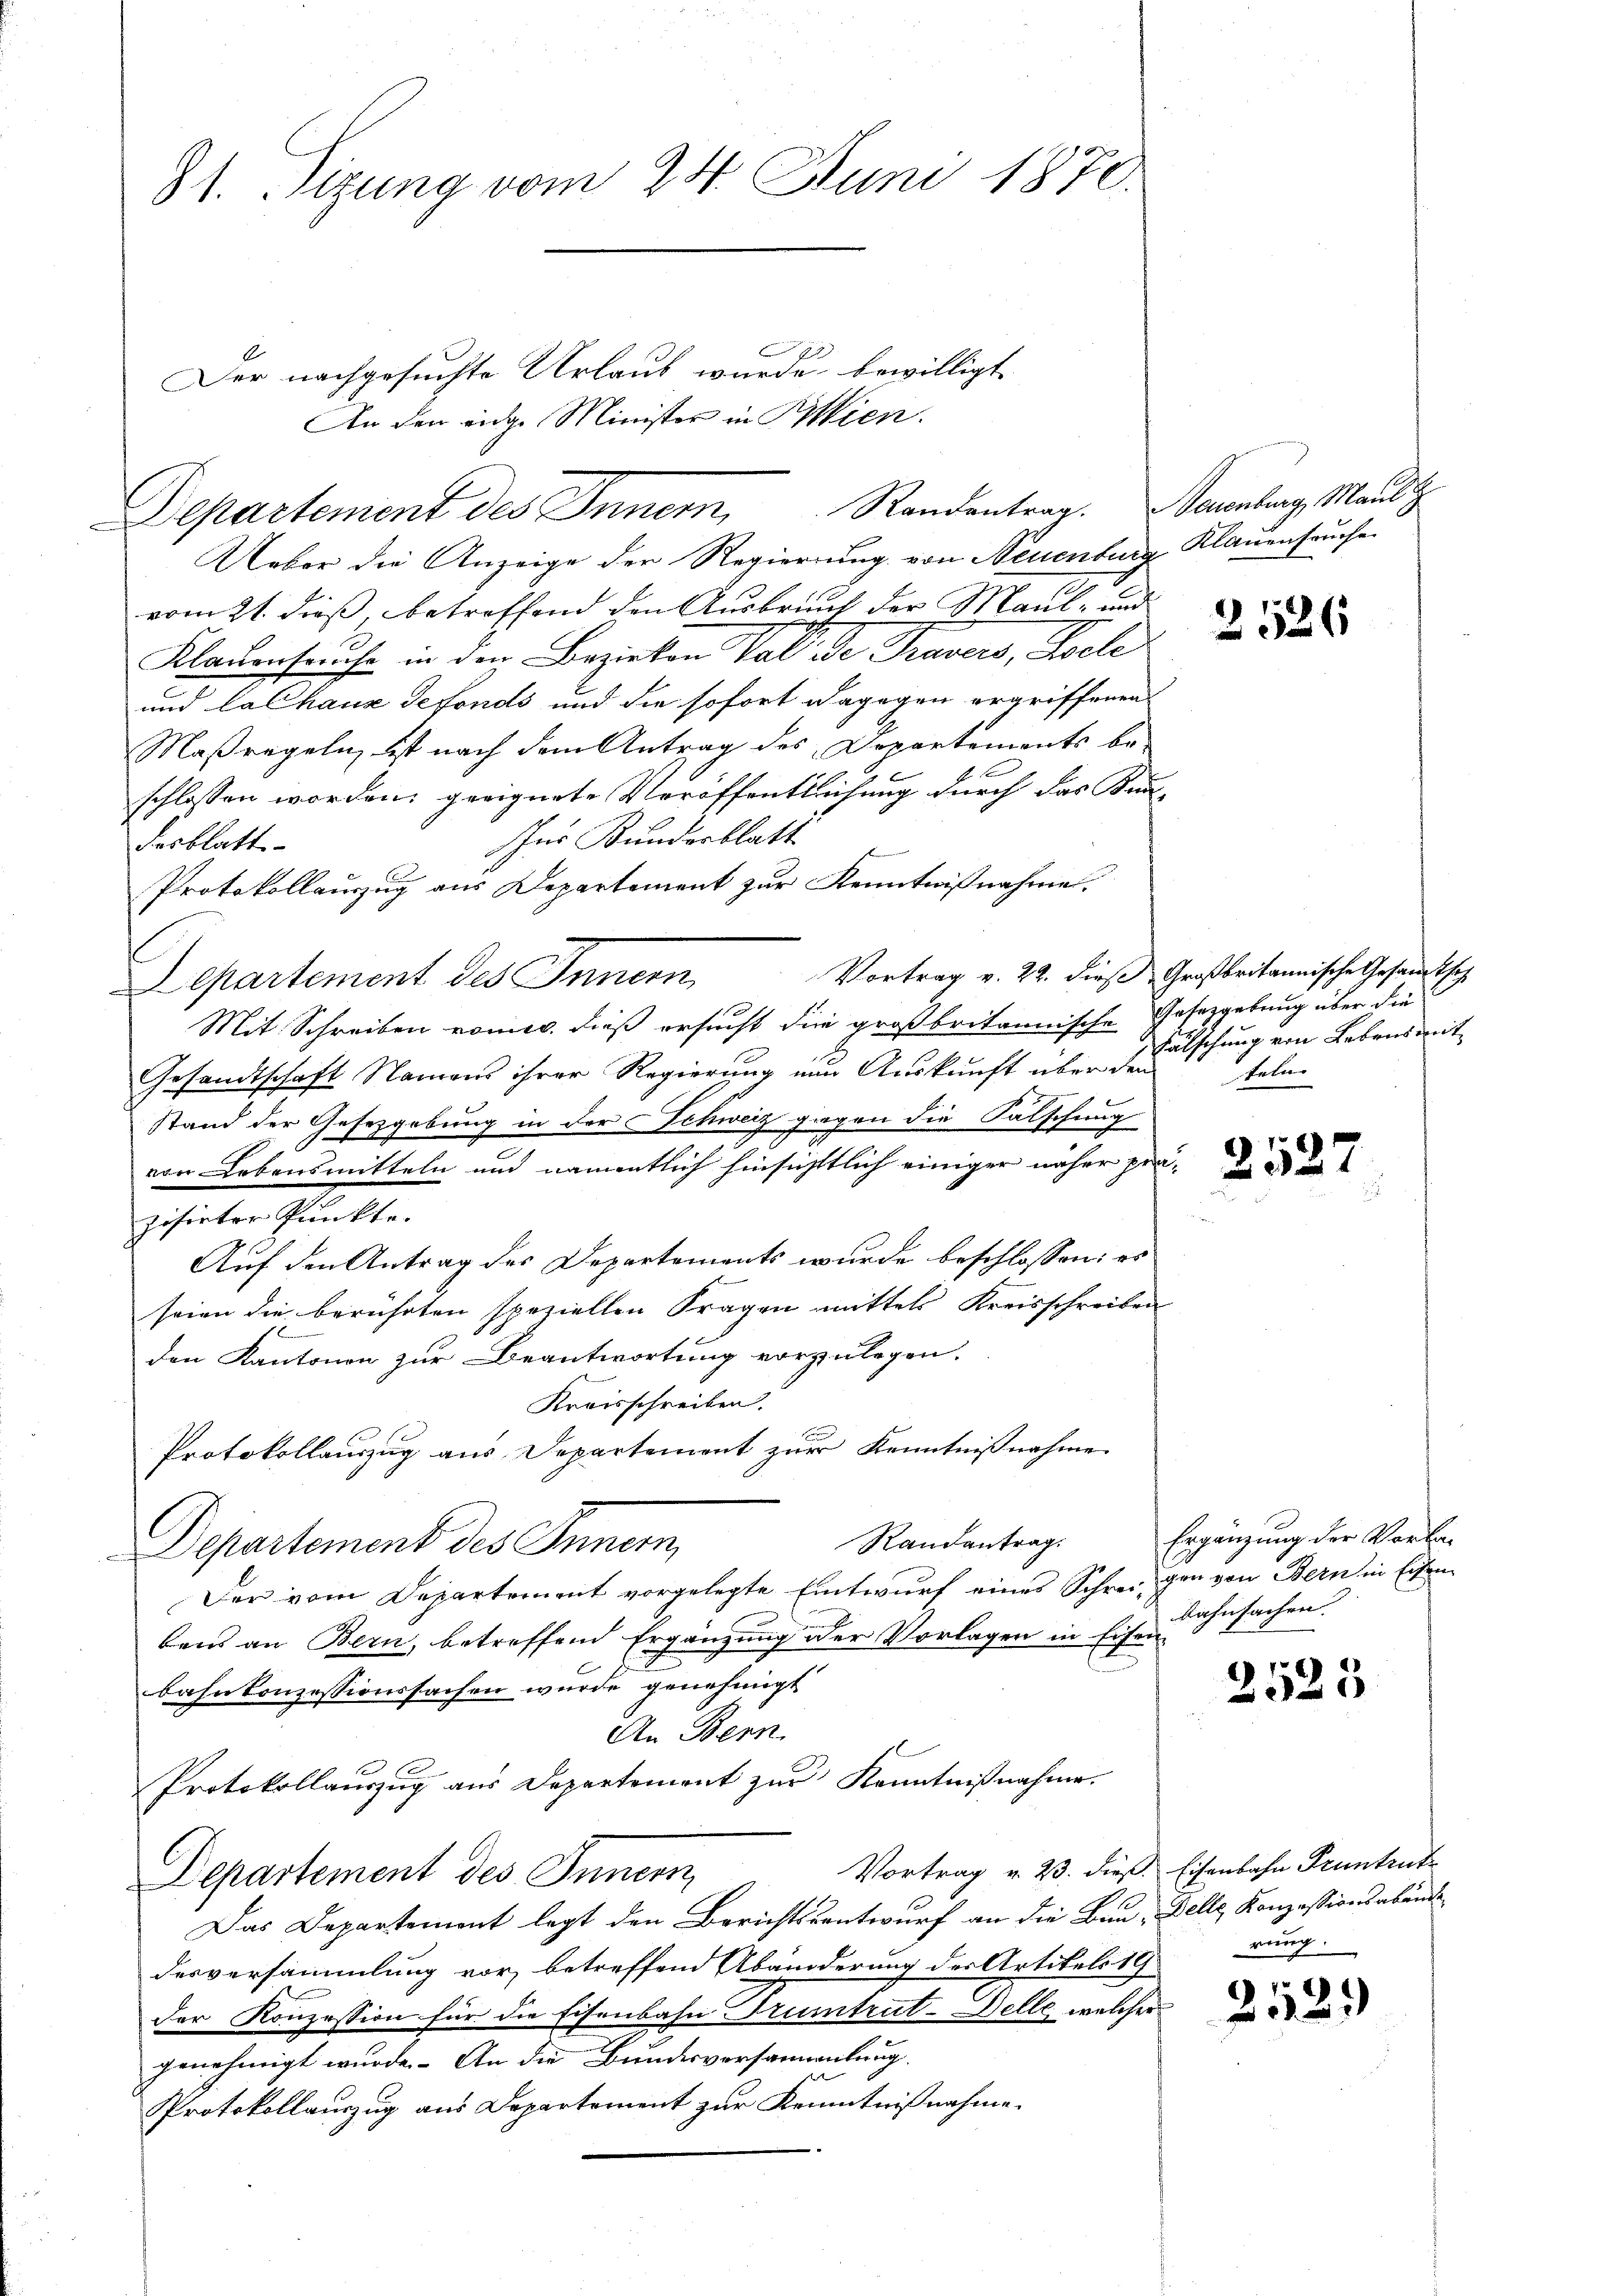
81. Sizung vom 24. Juni 1870.

Ueber die Anzeige der Regierung von Neuenburg Klauenseuche
vom 21. dieß, betreffend den Ausbruch der Maul- und
Klauenseuche in den Bezirken Voll. de Travers, Seele
und lalhaus defonds und die sofort dagegen ergriffenen
Maßregeln, ist nach dem Antrag des Departements be-
schlossen worden, geeignete Veröffentlichung durch das Kin
sher Bundesblatt
desblatt
Protokollauszug aus Departement zur Kenntnißnahme.
Departement des Innern,
1
Mit Schreiben nomis, dieß ersucht die großbritannische Gesetzgebung über die
Gesandtschaft Namens ihrer Regierung nun Auskunft über den teler
stand der Gesetzgebung in der Schweiz gegen die Falschung
von Lebensmitteln und namentlich hinsichtlich einiger näher pe
zisirter Punkte.
Auf den Antrag des Departements wurde beschlossen: es
seien die berührten speziellen Fragen mittels Kreisschreiben
den Kantonen zur Beantwortung vorzulegen.
Kraisschreiben.
Protokollauszug aus Departement zur Kenntnißnahme
Randantrag.
Departement des Innern,
Der vom Departement vorgelegte Entwurf eines Schreigen von Bern in Eisen
bens an Bern, betreffend Ergänzung der Vorlagen in Eisenbahnkonzessionssachen wurde genehmigt
An Bern.
Protokollauszug aus Departement zur Kenntnißnahme.
Departement des Innern
Das Departemont legt den Berichtsentwurf an die Bau, Delle, Konzessionsabände
desversammlung vor, betreffend Abänderung des Artikels 19
Der Konzession für die Eisenbahn Trumtrut-Delle, welcher
genehmigt wurde. An die Bundesversammlung
Protokollauzug aus Departement zur Kenntnißnahme.

E
Der nachgesuchte Urlaub wurde bewilligt,
An den eidge Minister in Bien.
Departement des Inner, Randentrag.

Neuenburg, Maul z

d

de
t

2526

Vortrag v. 22. dieß Großbritannische Gesandtsch
Fälschung von Lebensmit

2527

Ergänzung der Vorbe¬
Bahnsachen.

2525

Vortrag v. 23. dieß. Eisenbahn Pruntrut
rung.

2112.